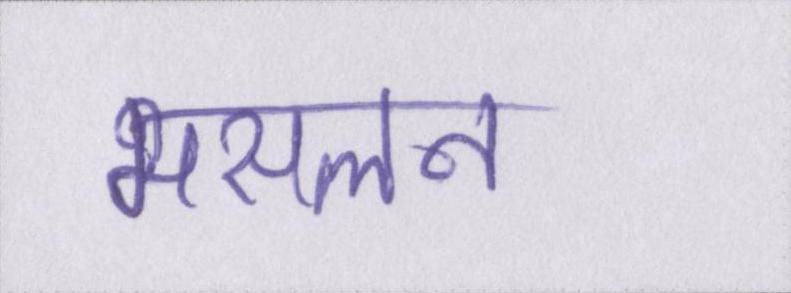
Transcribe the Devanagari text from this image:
मसलन